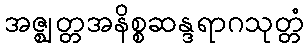
အဇ္ဈတ္တအနိစ္စဆန္ဒရာဂသုတ္တံ